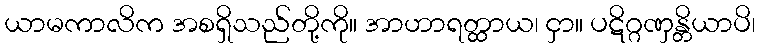
ယာမကာလိက အစရှိသည်တို့ကို။ အာဟာရတ္ထာယ၊ ငှာ။ ပဋိဂ္ဂဏှန္တိယာပိ၊